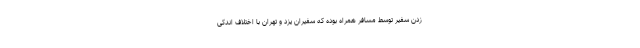
زدن سفیر توسط مسافر همراه بوده که سفیران یزد و تهران با اختلاف اندکی